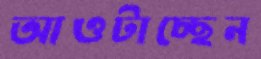
আওটাচ্ছেন